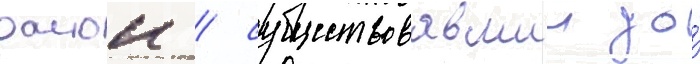
раион / существовавшии до́